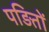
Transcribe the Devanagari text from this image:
पड़ितों